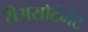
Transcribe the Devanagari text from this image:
रीअसोर्टमेंट